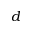
d